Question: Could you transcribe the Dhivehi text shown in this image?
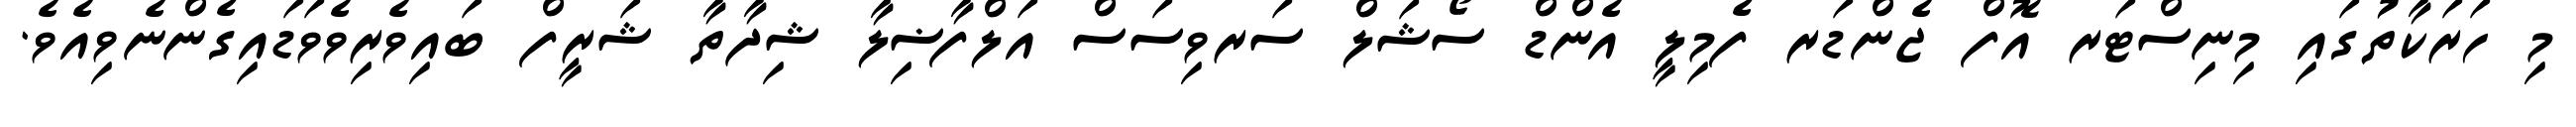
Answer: މި ހަރަކާތުގައި މިނިސްޓަރ އޮފް ޖެންޑަރ ފެމިލީ އެންޑް ސޯޝަލް ސަރވިސަސް އަލްފާޟިލާ ޝިދާތާ ޝަރީފް ބައިވެރިވެވަޑައިގެންނެވިއެވެ.